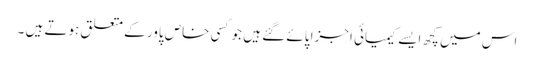
اس میں کچھ ایسے کیمیائی اجزا پائے گئے ہیں جو کسی خاص پاور کے متعلق ہوتے ہیں ۔